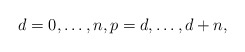
\begin{align*}d=0, \dots, n, p=d, \dots , d+n, \end{align*}